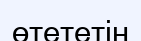
өтететін